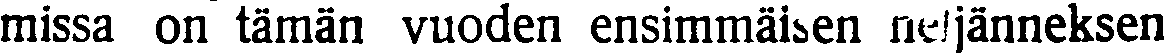
missa on tämän vuoden ensimmäinen neljänneksen